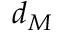
d _ { M }